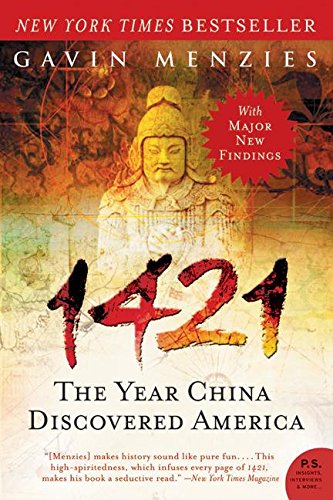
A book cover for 1421: The Year China Discovered America; Gavin Menzies; History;